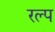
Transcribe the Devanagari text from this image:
रल्प